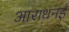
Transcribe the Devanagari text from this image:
आराधनई